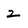
Character: 2